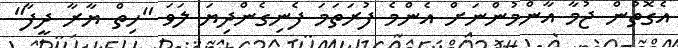
އެގޮތުން ޖުމާ އާންމުންނަށް އެންމެ ފުރަތަމަ ފެނިގެންދިޔަ ލަވަ "ހިތް ޔާރާ ދީފާ"